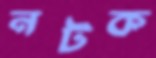
নটক